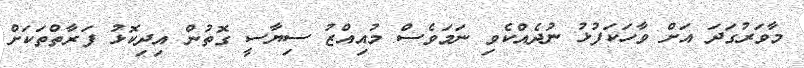
މާވަރުގަދަ އަށް ވާހަކަފުޅު ނުދެއްކެވި ނަމަވެސް މުއިއްޒު ސިޔާސީ ގޮތުން އިދިކޮޅު ފަރާތްތަކަށް